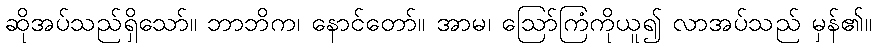
ဆိုအပ်သည်ရှိသော်။ ဘာဘိက၊ နောင်တော်။ အာမ၊ ဩော်ကြံကိုယူ၍ လာအပ်သည် မှန်၏။